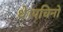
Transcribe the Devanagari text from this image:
थे।पचिनो